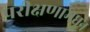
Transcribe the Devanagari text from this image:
परीक्षणामधून